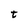
Character: t